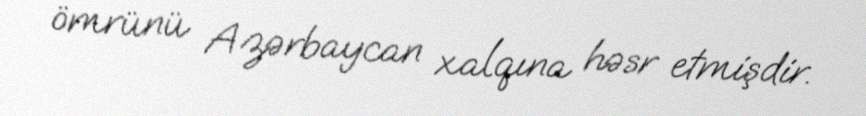
ömrünü Azərbaycan xalqına həsr etmişdir.